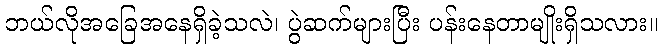
ဘယ်လိုအခြေအနေရှိခဲ့သလဲ၊ ပွဲဆက်များပြီး ပန်းနေတာမျိုးရှိသလား။